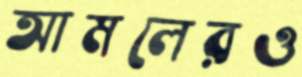
আমলেরও